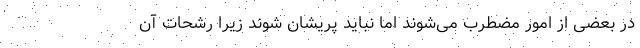
در بعضی از امور مضطرب می‌شوند اما نباید پریشان شوند زیرا رشحات آن